Vital statistics of India. Vol. VI, European troops 1870-79
Year: 1870
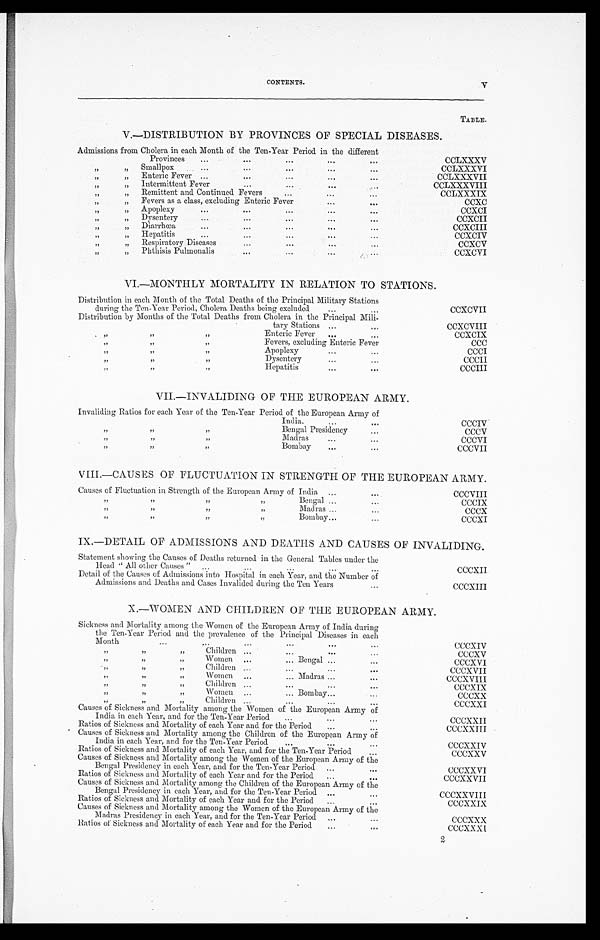
CONTENTS.
V
TABLE.
V.—DISTRIBUTION BY PROVINCES OF SPECIAL DISEASES.
Admissions from Cholera in each Month of the Ten-Year Period in the different
, ,
, , Provinces
...
...
..,
...
...
CCLXXXV
, ,
, , Smallpox
...
...
...
...
CCLXXXVI
, ,
, ,
,
Enteric Fever ...
...
...
. . . ...
CCLXXXVII
, ,
, , Intermittent Fever
...
...
CCLXXXVIII
, ,
, ,
, ,
....
Remittent and. Continued Fevers
...
...
CCLXXXIX
, ,
, ,
Fevers as a class, excluding Enteric Fever
...
•••
CCXC
, ,
, , Apoplexy
...
...
...
...
...
CCXCI
,,
„
Dysentery
...
...
...
...
...
CCXCII
, ,
, ,
Diarrhœa
...
...
...
...
...
CCXCIII
, ,
, ,
Hepatitis
...
...
...
...
CCXCIV
, ,
„
Respiratory Diseases
...
...
...
CCXCV
,,
„
Phthisis Pulmonalis
...
...
CCXCVI
VI.—MONTHLY MORTALITY IN RELATION TO STATIONS.
Distribution in each Month of the Total Deaths of the Principal Military Stations
during the Ten-Year Period, Cholera Deaths being excluded
...
...
CCXCVII
Distribution by Months of the Total Deaths from Cholera in the Principal Mili-
tary Stations ...
CCXCVIII
, ,
, ,
, ,
Enteric Fever
...
...
CCXCIX
„
, ,
, ,
Fevers, excluding Enteric Fever
CCC
„
„
„
Apoplexy
... ...
CCCI
„
,,
„
Dysentery
...
. . .
CCCII
,,
, ,
, ,
Hepatitis
...
. . .
CCCIII
VII.—INVALIDING OF THE EUROPEAN ARMY.
Invaliding Ratios for each Year of the Ten-Year Period of the European Army of
, ,
, ,
, ,
India.
. . .
C C C I V
, ,
, ,
, ,
Bengal Presidency
CCCV
, ,
,,
, ,
Madras '
... ...
CCCVI
, ,
, ,
, ,
Bombay
...
...
CCCVII
VIII.—CAUSES OF FLUCTUATION IN STRENGTH OF THE EUROPEAN ARMY.
Causes of Fluctuation in Strength of the European Army of India ...
CCCVIII
„
, ,
, ,
, ,
Bengal...
...
CCCIX
„
, ,
, ,
,,
Madras ...
. . .
CCCX
, ,
, ,
, ,
, , Bombay...
. . .
CCCXI
IX.—DETAIL OF ADMISSIONS AND DEATHS AND CAUSES OF INVALIDING.
Statement showing the Causes of Deaths returned in the General Tables under the
Head " All other Causes "...
... ...
...
CCCXII
Detail of the Causes of Admissions into Hospital in each Year,and the Number of
Admissions and Deaths and Cases Invalided during the Ten Years...
C C C X I I I
X.—WOMEN AND CHILDREN OF THE EUROPEAN ARMY.
Sickness and Mortality among the Women of the European Army of India during
the Ten-Year Period and the prevalence of the Principal Diseases in each.
Month
...
...
...
...
...
...
CCCXIV
, ,
, ,
, ,
Children ...
. . .
CCCXV
, ,
, ,
, ,
Women ...
... Bengal ...
...
CCCXVI
, ,
, ,
, ,
Children ...
...
...
. . .
CCCXVII
, ,
, ,
, ,
Women ...
... Madras ...
...
CCCXVIII
, ,
, ,
, ,
Children ...
...
...
CCCXIX
, ,
, ,
, ,
Women ...
... Bombay...
...
CCCXX
, ,
, ,
, ,
Children ...
...
...
...
CCCXXI
Causes of Sickness and Mortality among the Women of the European Army of
India in each Year, and for the Ten-Year Period
...
...
...
CCCXXII
Ratios of Sickness and Mortality of each Year and for the Period
...
CCCXXIII
Causes of Sickness and Mortality among the Children of the European Army of
India in each Year, and for the Ten-Year Period
...
. ..
...
CCCXXIV
Ratios of Sickness and Mortality of each Year, and for the Ten-Year Period
...
CCCXXV
Causes of Sickness and Mortality among the Women of the European Army of the
Bengal Presidency in each Year, and for the Ten-Year Period ...
•
CCCXXVI
Ratios of Sickness and Mortality of each Year and for the Period
...
. . .
CCCXXVII
Causes of Sickness and Mortality among the Children of the European Army of the
Bengal Presidency in each Year, and for the Ten-Year Period ...
CCCXXVIII
Ratios of Sickness and Mortality of each Year and for the Period
...
...
CCCXXIX
Causes of Sickness and Mortality among the Women of the European Army of the
Madras Presidency in each Year, and for the Ten-Year Period ...
...
CCCXXX
Ratios of Sickness and Mortality of each Year and for the Period
...
CCCXX XI